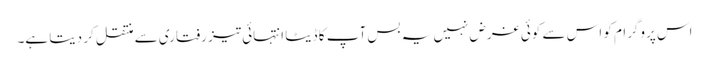
اس پروگرام کو اس سے کوئی غرض نہیں یہ بس آپ کا ڈیٹا انتہائی تیز رفتاری سے منتقل کر دیتا ہے۔